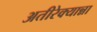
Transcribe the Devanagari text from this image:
अतीरेक्यान्ना